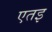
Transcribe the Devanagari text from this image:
एतइ